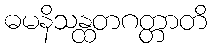
ဓမနိသန္ထတဂတ္တာတိ